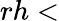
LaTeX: rh<